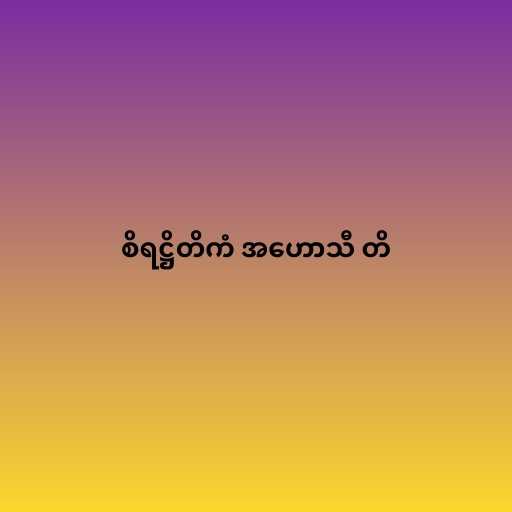
စိရဋ္ဌိတိကံ အဟောသီ တိ